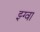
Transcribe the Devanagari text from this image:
झ्ग्वा